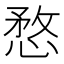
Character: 愗